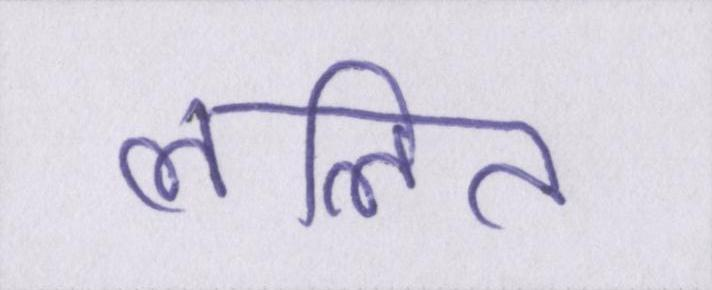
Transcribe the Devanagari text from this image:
ललित